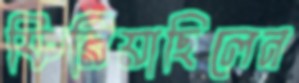
ফিরিয়াছিলেন